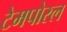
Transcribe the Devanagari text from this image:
टेमपोरल